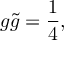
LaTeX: g \tilde { g } = \frac { 1 } { 4 } ,